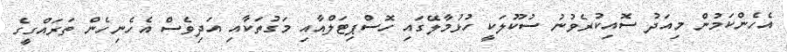
އެހެންކަމުން މިއަދު ސޮއިކުރެވުނު ސުކޫލަކީ ހުޅުމާލޭގައި ހޮސްޕިޓަލްއާއި މަގުތަކާއި އަދިވެސް އެހެނިހެން ތަރައްގީގެ